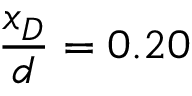
\frac { x _ { D } } { d } = 0 . 2 0